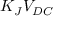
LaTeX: K _ { J } V _ { D C }